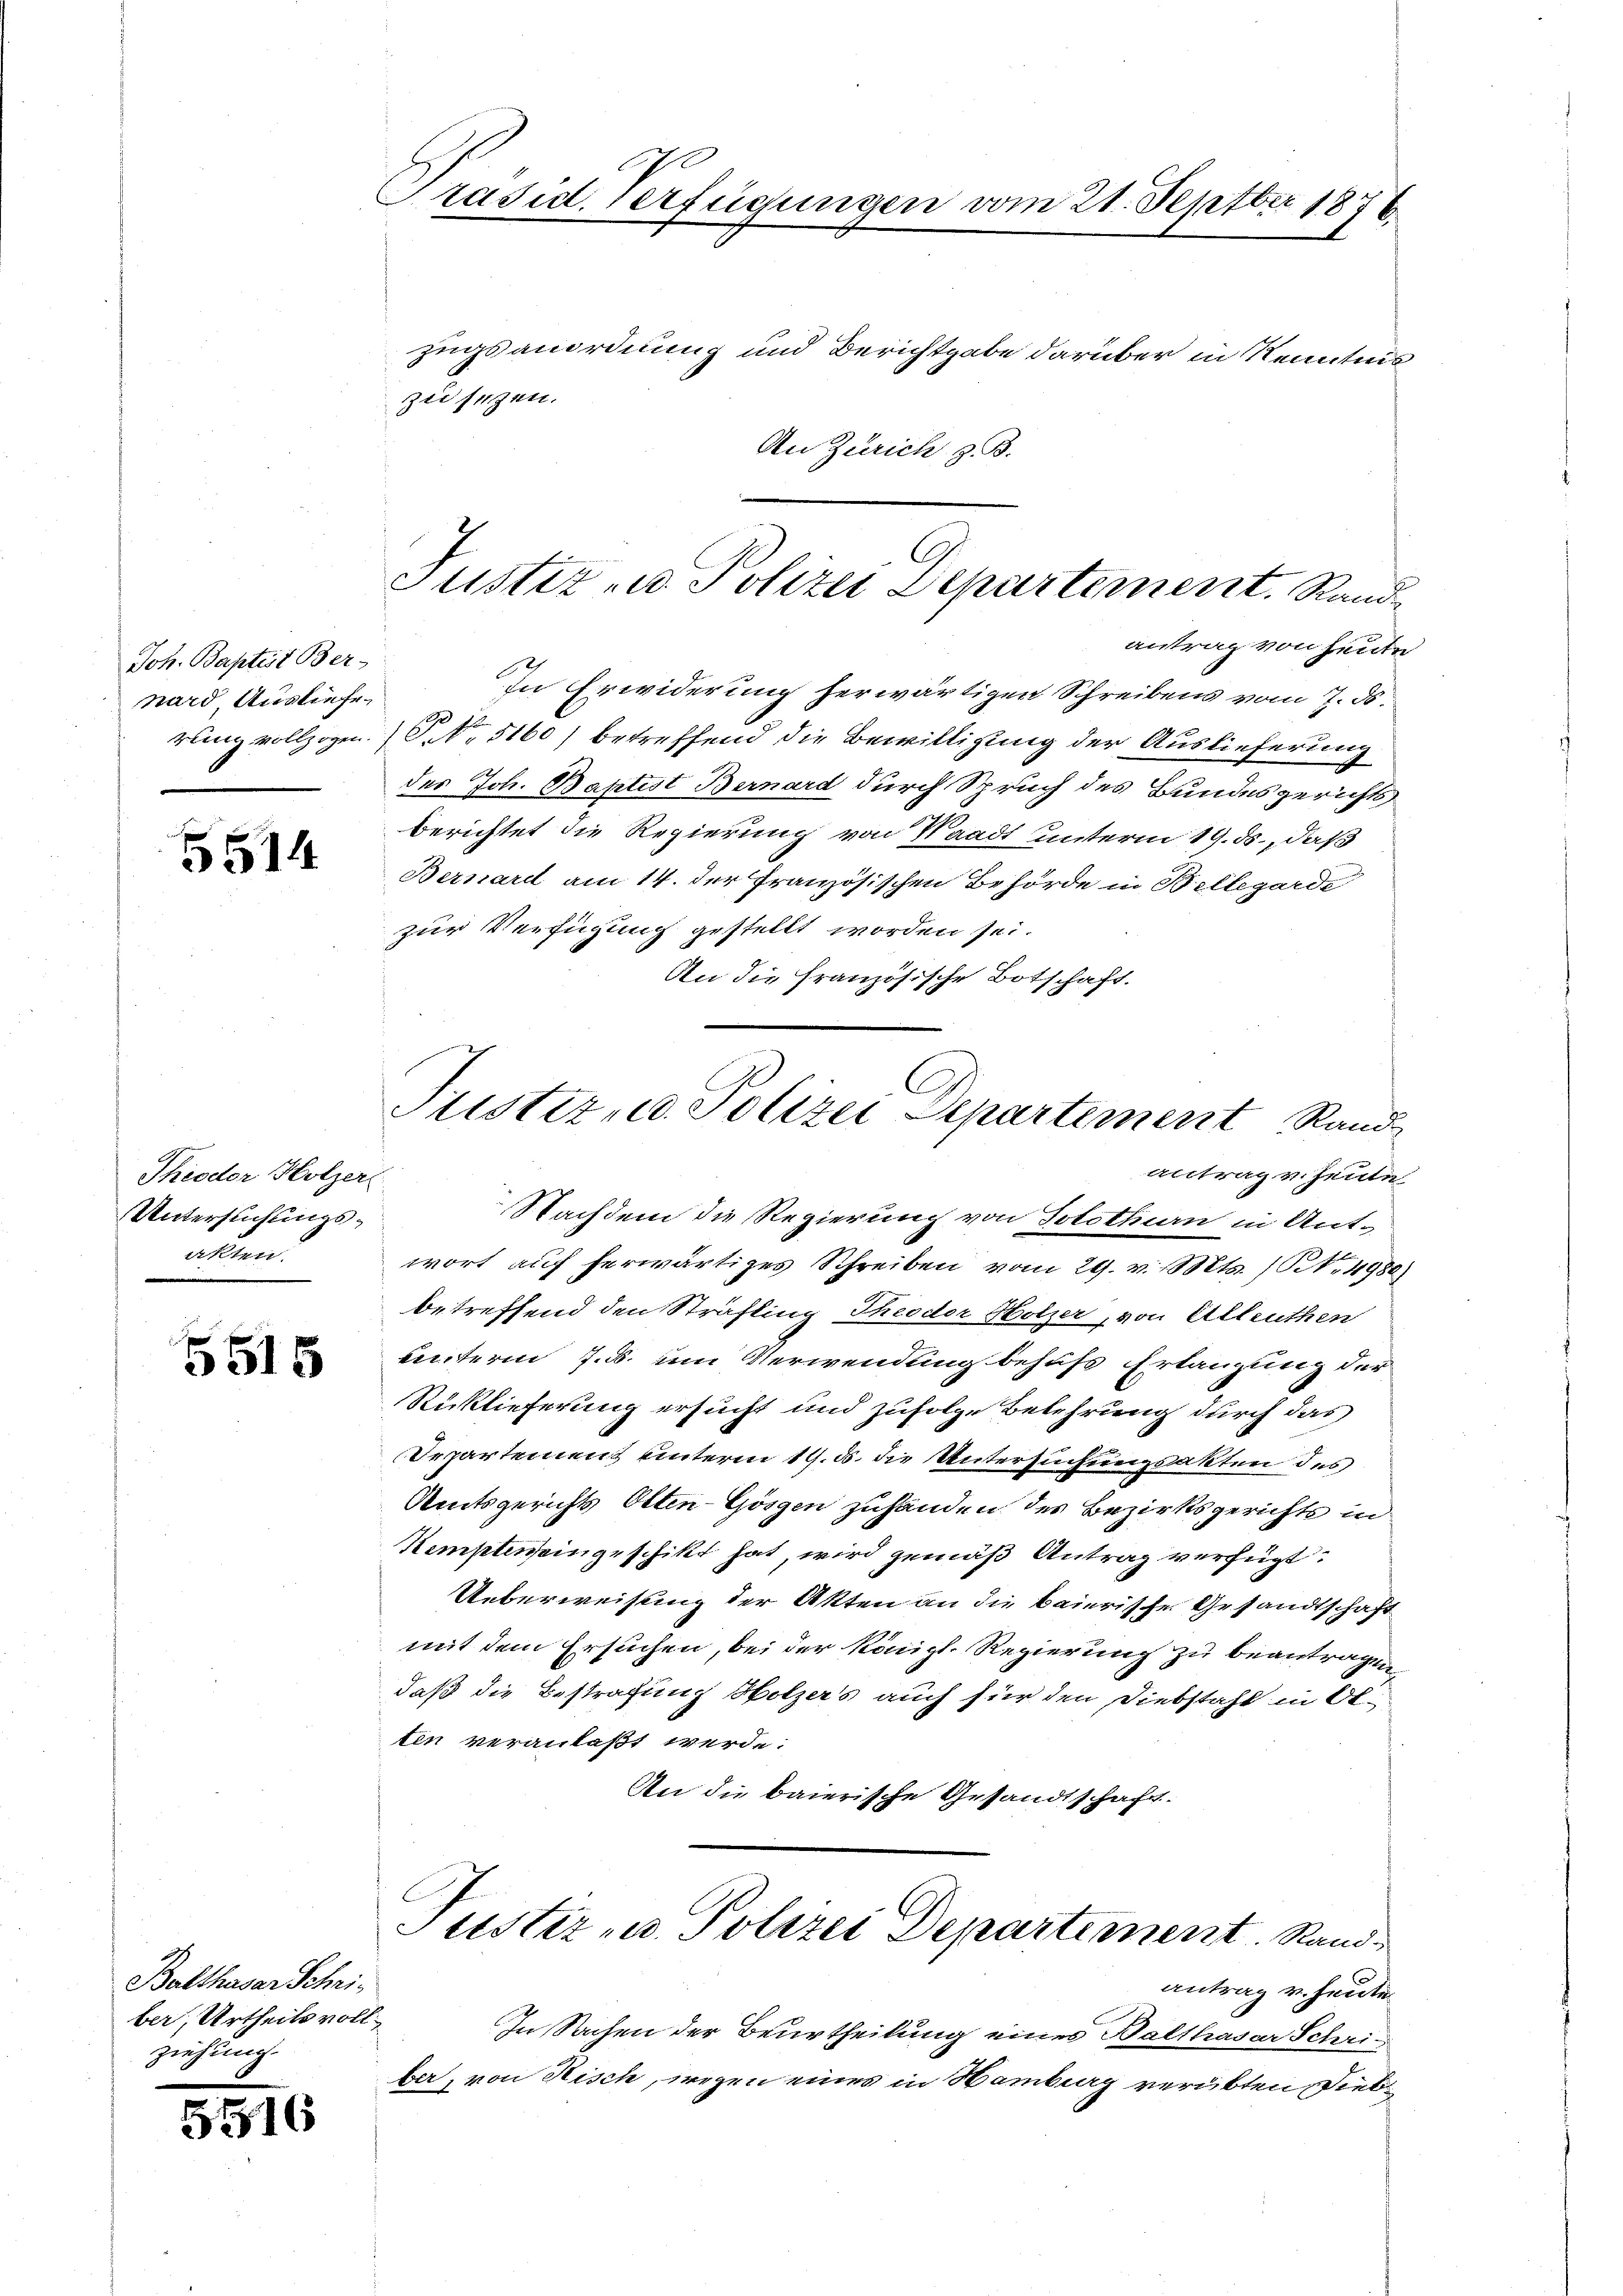
Joh. Baptist Ber-
nard Ausliefe
rung vollzogen.

5514

Theodor Holzer
Untersuchungsakten.

5515

Balthasar Schriber, Urtheils vollziehung.

5516

Präsid. Verfügungen vom 21. Septbr 1876

Zugsanordnung und Berichtgabe darüber in Kenntnis
zie sezen.
An Zürich z. B.

Justiz - Polizei Departement. Rand

antrag von heute
In Erwiderung herwärtigen Schreibens vom 7. ds.
NNo. 5160) betreffend die Bewilligung der Auslieferung
des Joh. Baptist Bernard durch Spruch des Bundesgerichts
berichtet die Regierung von Waadt unterm 19. ds., daß
Bernard am 14. der französischen Behörde in Bellegarde
zur Verfügung gestellt worden sei.
An die französische Botschaft.

Plistiz- u. Polizei Aepartement Rand
antrag v. Heute

Nachdem die Regierung von Solothurn in Ant-
wort aŭf herwärtiges Schreiben vom 29. v. Mts. 1. 4980)
betreffend den Sträfling Theodor Holzer, von Alleuthen
eunterm 7. d. um Verwendung behufs Erlangung der
Rücklieferung ersucht und zufolge Belehrung durch das
Departement unterm 19. d. die Untersuchungsakten des
Amtsgerichts Otten-Göszen zuhanden des Bezirksgerichts in
Stempteneingeschikt hat, wird gemäß Antrag verfügt:
Ueberweisung der Akten an die baierische Gesandtschaft
mit dem Ersuchen, bei der Königl. Regierung zu beantragen,
daß die Bestrafung Holzers auch für den Diebstahl in Ot
tin veranlaßt werde.
An die baierische Gesandtschaft.

Justiz- u. Polizei Departement. Rand

In Sachen der Beurtheilung eines Balthasar Schriber, von Risch, wegen eines in Hamburg verübten Dieb¬

antrag v. heute